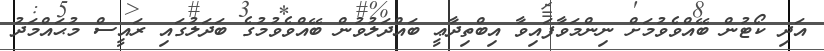
އަދި ކޯޓުން ބޭއްވެވުމަށް ނިންމަވާފައިވާ އިބްތިދާޢީ ބައްދަލުވުން ބޭއްވެވުމުގެ ބަދަލުގައި ރައީސް މުޙައްމަދު